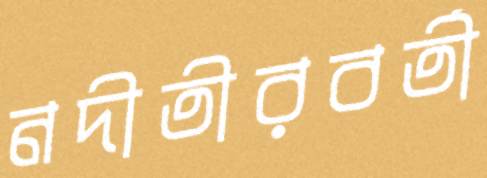
নদীতীরবর্তী